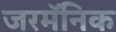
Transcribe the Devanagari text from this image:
जरमॅनिक